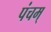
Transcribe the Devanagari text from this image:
पंचम्‌